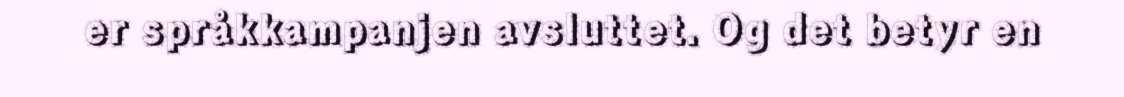
er språkkampanjen avsluttet. Og det betyr en